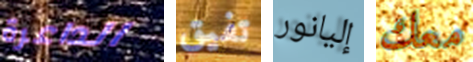
الداعرة تفيق إليانور معك